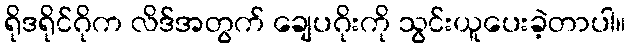
ရိုဒရိုင်ဂိုက လိဒ်အတွက် ချေပဂိုးကို သွင်းယူပေးခဲ့တာပါ။